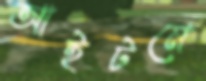
আইটমে